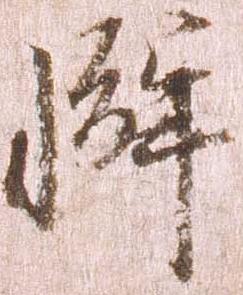
懈